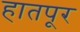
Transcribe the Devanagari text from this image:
हातपूर